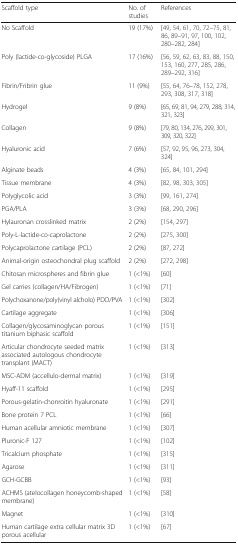
<table><thead><tr><td><b>Scaffold type</b></td><td><b>No. of studies</b></td><td><b>References</b></td></tr></thead><tbody><tr><td>No Scaffold</td><td>19 (17%)</td><td>[49, 54, 61, 70, 72–75, 81, 86, 89–91, 97, 100, 102, 280–282, 284]</td></tr><tr><td>Poly (lactide-co-glycoside) PLGA</td><td>17 (16%)</td><td>[56, 59, 62, 63, 83, 88, 150, 153, 160, 277, 285, 286, 289–292, 316]</td></tr><tr><td>Fibrin/Fribrin glue</td><td>11 (9%)</td><td>[55, 64, 76–78, 152, 278, 293, 308, 317, 318]</td></tr><tr><td>Hydrogel</td><td>9 (8%)</td><td>[65, 69, 81, 94, 279, 288, 314, 321, 323]</td></tr><tr><td>Collagen</td><td>9 (8%)</td><td>[79, 80, 134, 276, 299, 301, 309, 320, 322]</td></tr><tr><td>Hyaluronic acid</td><td>7 (6%)</td><td>[57, 92, 95, 96, 273, 304, 324]</td></tr><tr><td>Alginate beads</td><td>4 (3%)</td><td>[65, 84, 101, 294]</td></tr><tr><td>Tissue membrane</td><td>4 (3%)</td><td>[82, 98, 303, 305]</td></tr><tr><td>Polyglycolic acid</td><td>3 (3%)</td><td>[99, 161, 274]</td></tr><tr><td>PGA/PLA</td><td>3 (3%)</td><td>[68, 290, 296]</td></tr><tr><td>Hylauronan crosslinked matrix</td><td>2 (2%)</td><td>[154, 297]</td></tr><tr><td>Poly-L-lactide-co-caprolactone</td><td>2 (2%)</td><td>[275, 300]</td></tr><tr><td>Polycaprolactone cartilage (PCL)</td><td>2 (2%)</td><td>[87, 272]</td></tr><tr><td>Animal-origin osteochondral plug scaffold</td><td>2 (2%)</td><td>[272, 298]</td></tr><tr><td>Chitosan microspheres and fibrin glue</td><td>1 (&lt;1%)</td><td>[60]</td></tr><tr><td>Gel carries (collagen/HA/Fibrogen)</td><td>1 (&lt;1%)</td><td>[71]</td></tr><tr><td>Polychoxanone/poly(vinyl alcholo) PDO/PVA</td><td>1 (&lt;1%)</td><td>[302]</td></tr><tr><td>Cartilage aggregate</td><td>1 (&lt;1%)</td><td>[306]</td></tr><tr><td>Collagen/glycosaminoglycan porous titanium biphasic scaffold</td><td>1 (&lt;1%)</td><td>[151]</td></tr><tr><td>Articular chondrocyte seeded matrix associated autologous chondrocyte transplant (MACT)</td><td>1 (&lt;1%)</td><td>[313]</td></tr><tr><td>MSC-ADM (accellulo-dermal matrix)</td><td>1 (&lt;1%)</td><td>[319]</td></tr><tr><td>Hyaff-11 scaffold</td><td>1 (&lt;1%)</td><td>[295]</td></tr><tr><td>Porous-gelatin-chonroitin hyaluronate</td><td>1 (&lt;1%)</td><td>[291]</td></tr><tr><td>Bone protein 7 PCL</td><td>1 (&lt;1%)</td><td>[66]</td></tr><tr><td>Human acellular amniotic membrane</td><td>1 (&lt;1%)</td><td>[307]</td></tr><tr><td>Pluronic-F 127</td><td>1 (&lt;1%)</td><td>[102]</td></tr><tr><td>Tricalcium phosphate</td><td>1 (&lt;1%)</td><td>[315]</td></tr><tr><td>Agarose</td><td>1 (&lt;1%)</td><td>[311]</td></tr><tr><td>GCH-GCBB</td><td>1 (&lt;1%)</td><td>[93]</td></tr><tr><td>ACHMS (atelocollagen honeycomb-shaped membrane)</td><td>1 (&lt;1%)</td><td>[58]</td></tr><tr><td>Magnet</td><td>1 (&lt;1%)</td><td>[310]</td></tr><tr><td>Human cartilage extra cellular matrix 3D porous acellular</td><td>1 (&lt;1%)</td><td>[67]</td></tr></tbody></table>